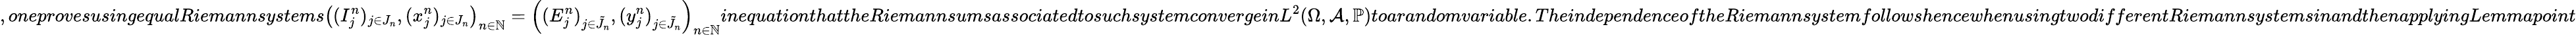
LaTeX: ,oneprovesusingequalRiemannsystems\left((I_{j}^{n})_{j\in J_{n}},(x_{j}^{n})_{j\in J_{n}}\right)_{n\in\mathbb{N}}=\left((E_{j}^{n})_{j\in\tilde{J}_{n}},(y_{j}^{n})_{j\in\tilde{J}_{n}}\right)_{n\in\mathbb{N}}inequationthattheRiemannsumsassociatedtosuchsystemconvergeinL^{2}(\Omega,\mathcal{A},\mathbb{P})toarandomvariable.TheindependenceoftheRiemannsystemfollowshencewhenusingtwodifferentRiemannsystemsinandthenapplyingLemmapoint